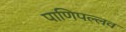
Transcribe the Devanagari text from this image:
पाणिपल्लव